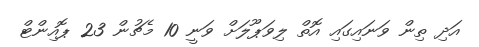
އަދި ތިން ވަނައިގައި އޮތް ލިވަޕޫލަށް ވަނީ 10 މެޗުން 23 ޕޮއިންޓް